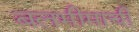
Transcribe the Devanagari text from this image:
बलभीमाची